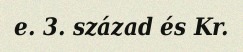
e. 3. század és Kr.